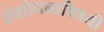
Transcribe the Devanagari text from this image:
संशोधनाविषयी